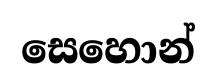
සෙහොන්